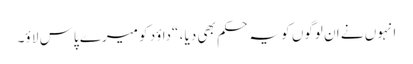
انہوں نے ان لوگوں کو یہ حکم بھی دیا ، “داؤد کو میرے پاس لا ؤ۔